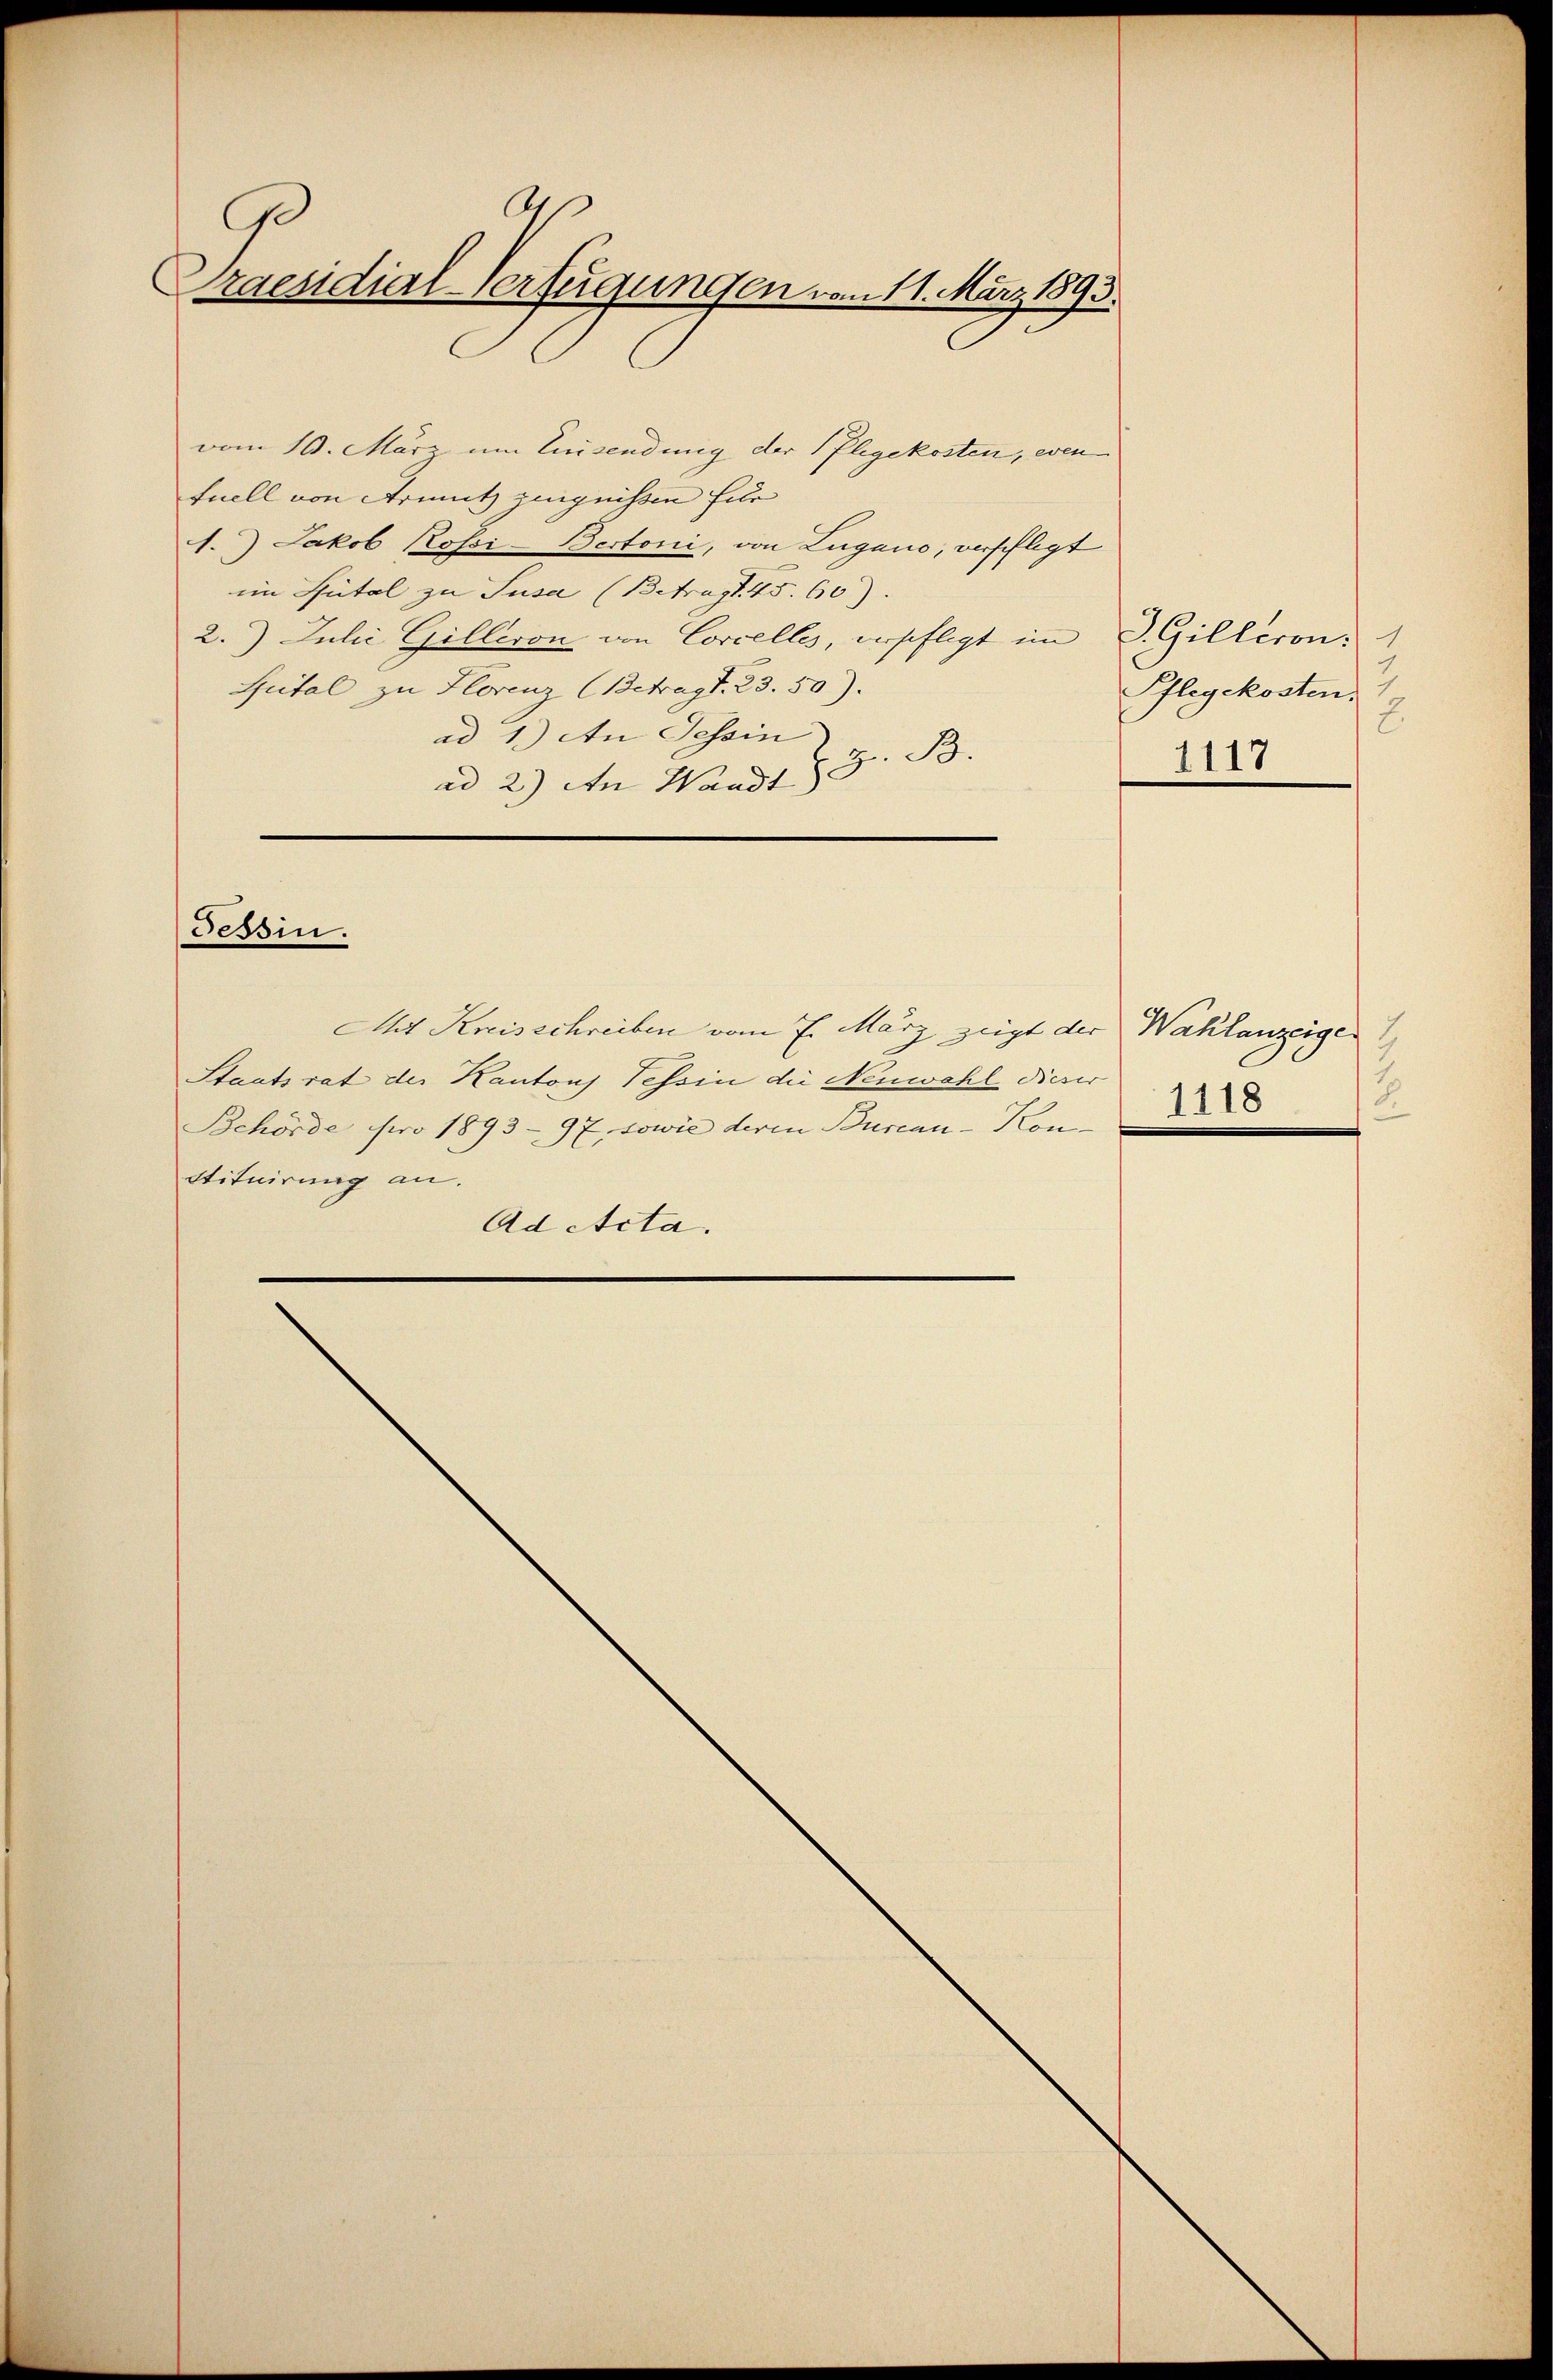
A
Ge
raesidial-Verfügungen vom 11. März 1893.

vom 10. März um Einsendung der Pflegekosten, even
fuell von Armuth zeignissen Eile
1.) Jakob Rossi-Bertoni, von Lugano, verpflegt
im Spital zu Susa (Betragt. 45. 60)
2. Julii Gilleron von Corcelles, verpfligt im J. Gilleron:
Spital zu Hlorenz (Betragt. 23. 50).
ad 1.) An Tessin
ad 2.) An Waadt G. B.

Tessin.

At Kreisschreiben vom 7. März zeigt der Wahlanzeigen
Staatsrat der Kantons Tessin die Neuwahl dieser
Behörde pro 1893 - 97, sowie deren Burcan-Kon¬
Stituirung an.
Ad Acta.

1118

7
Pflegekosten.
2.
1117